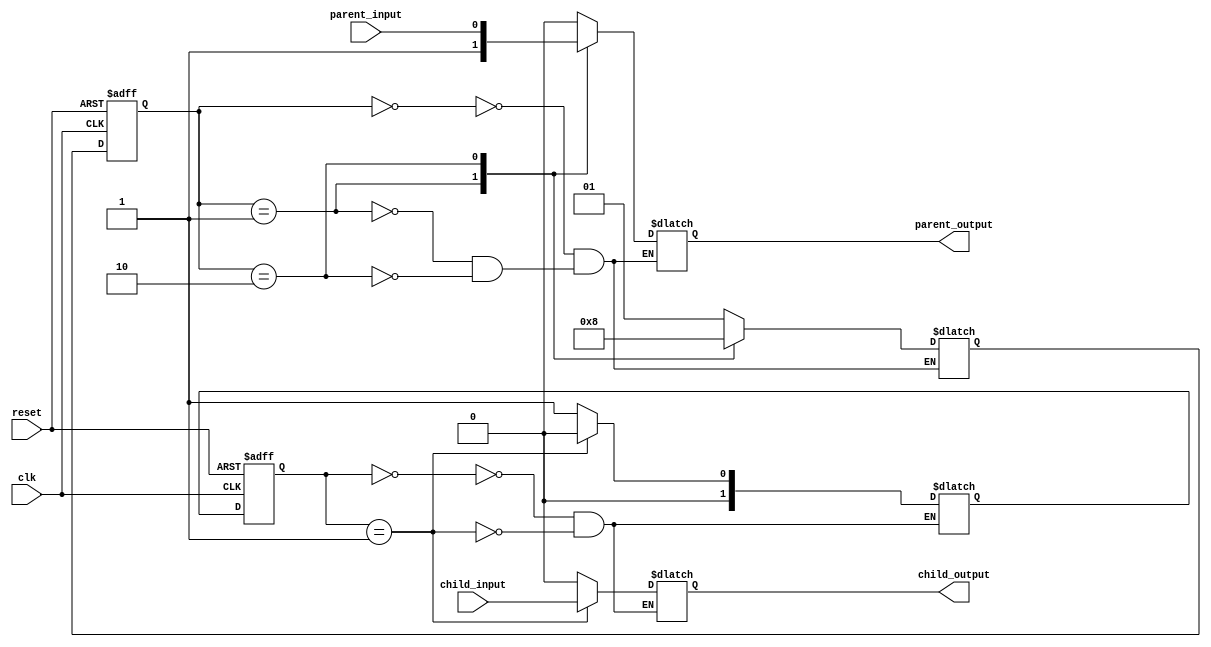
module ParentStateMachine(
    input wire clk,
    input wire reset,
    input wire parent_input,
    output wire parent_output,
    
    // Child state machines signals
    input wire child_input,
    output wire child_output
);

// Define states for parent state machine
parameter STATE_A = 2'b00;
parameter STATE_B = 2'b01;
parameter STATE_C = 2'b10;
reg [1:0] parent_state, parent_next_state;

// Sequential logic block for parent state machine
always @(posedge clk or negedge reset) begin
    if (reset == 1'b0) begin
        parent_state <= STATE_A;
    end else begin
        parent_state <= parent_next_state;
    end
end

// Define states for child state machine
parameter CHILD_STATE_X = 2'b00;
parameter CHILD_STATE_Y = 2'b01;
reg [1:0] child_state, child_next_state;

// Sequential logic block for child state machine
always @(posedge clk or negedge reset) begin
    if (reset == 1'b0) begin
        child_state <= CHILD_STATE_X;
    end else begin
        child_state <= child_next_state;
    end
end

// Logic for parent state machine transitions and outputs
always @* begin
    case (parent_state)
        STATE_A: begin
            parent_next_state = STATE_B;
            parent_output = 1'b0;
        end
        STATE_B: begin
            parent_next_state = STATE_C;
            parent_output = 1'b1;
        end
        STATE_C: begin
            parent_next_state = STATE_A;
            parent_output = parent_input;
        end
    endcase
end

// Logic for child state machine transitions and outputs
always @* begin
    case (child_state)
        CHILD_STATE_X: begin
            child_next_state = CHILD_STATE_Y;
            child_output = 1'b0;
        end
        CHILD_STATE_Y: begin
            child_next_state = CHILD_STATE_X;
            child_output = child_input;
        end
    endcase
end

endmodule